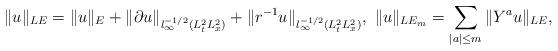
LaTeX: \begin{align*}&\|u\|_{LE}=\|u\|_E+\|\partial u\|_{l_\infty^{-1/2}(L_t^2L_x^2)}+\|r^{-1}u\|_{l_\infty^{-1/2}(L_t^2L_x^2)},\ \|u\|_{LE_m}=\sum_{|a|\leq m}\|Y^au\|_{LE},\end{align*}